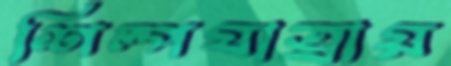
শিল্পযাত্রায়